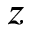
z